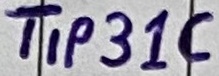
Text: TIP31C